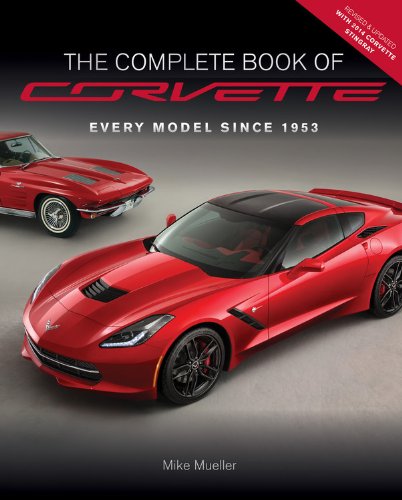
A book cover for The Complete Book of Corvette - Revised & Updated: Every Model Since 1953 (Complete Book Series); Mike Mueller; Engineering & Transportation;